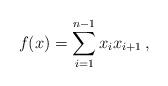
LaTeX: \begin{align*}f(x) = \sum_{i=1}^{n-1} x_i x_{i+1}\,,\end{align*}